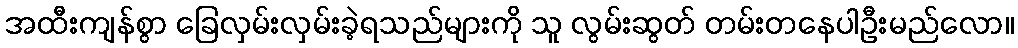
အထီးကျန်စွာ ခြေလှမ်းလှမ်းခဲ့ရသည်များကို သူ လွမ်းဆွတ် တမ်းတနေပါဦးမည်လော။